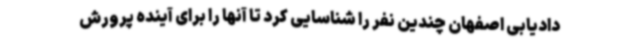
دادیابی اصفهان چندین نفر را شناسایی کرد تا آنها را برای آینده پرورش